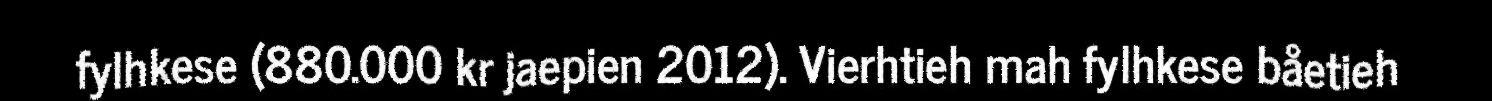
fylhkese (880.000 kr jaepien 2012). Vierhtieh mah fylhkese båetieh